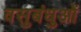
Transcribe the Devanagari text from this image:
वसुबंधुओं